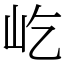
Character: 屹